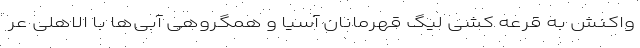
واکنش به قرعه کشی لیگ قهرمانان آسیا و همگروهی آبی‌ها با الاهلی عر